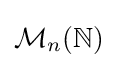
{\mathcal {M}}_{n}(\mathbb {N} )